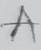
Text: A